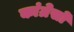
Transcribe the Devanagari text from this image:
कांग्रेसों